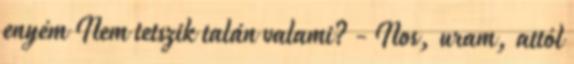
enyém Nem tetszik talán valami? - Nos, uram, attól